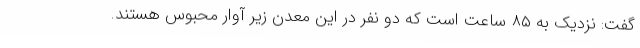
گفت: نزدیک به ٨۵ ساعت است که دو نفر در این معدن زیر آوار محبوس هستند.